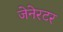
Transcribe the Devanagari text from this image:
जेनेरटर